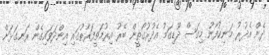
ދެން އެދުރު މަނިކުފާނު މިގަސް ދޫޑިގަމު އެދުރުގޯތީން ބޭރު އިރުމަތީފަރާތުގައި އިންދަވައިގެން ރަނގަޅަށް